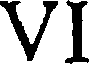
VI